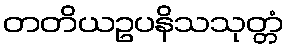
တတိယဥပနိသသုတ္တံ